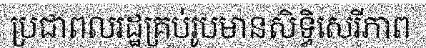
ប្រជាពលរដ្ឋគ្រប់រូបមានសិទ្ធិសេរីភាព